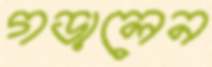
গড়ালেন